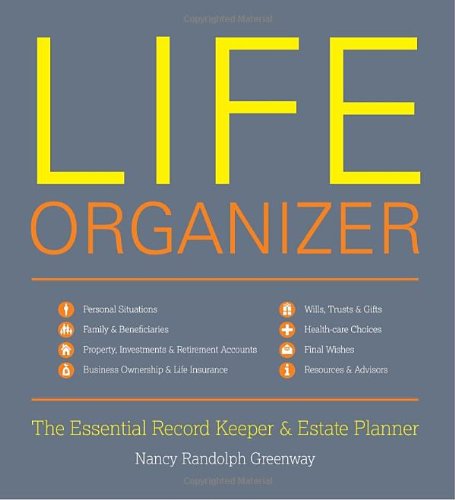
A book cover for Life Organizer: The Essential Record Keeper and Estate Planner; Nancy Randolph Greenway; Law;